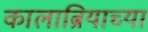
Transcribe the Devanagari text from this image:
कालाब्रियाच्या